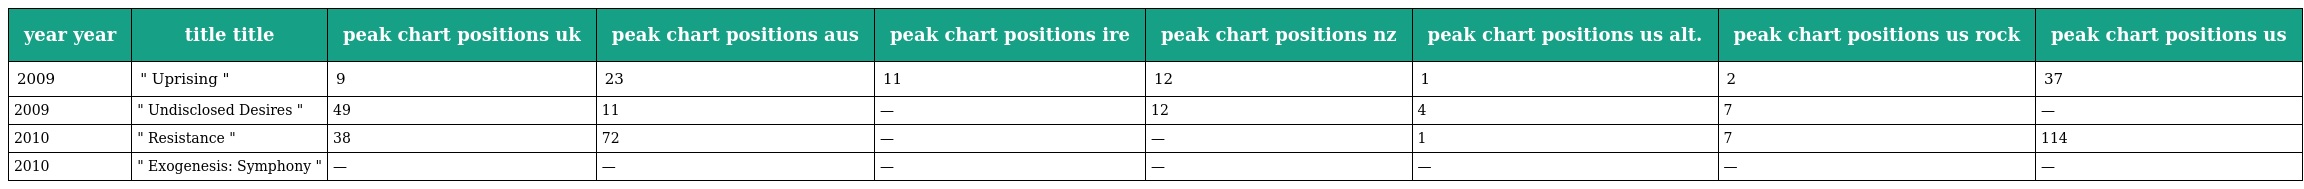
| year year | title title | peak chart positions uk | peak chart positions aus | peak chart positions ire | peak chart positions nz | peak chart positions us alt. | peak chart positions us rock | peak chart positions us |
 | --- | --- | --- | --- | --- | --- | --- | --- | --- |
 | 2009 | " Uprising " | 9 | 23 | 11 | 12 | 1 | 2 | 37 |
 | 2009 | " Undisclosed Desires " | 49 | 11 | — | 12 | 4 | 7 | — |
 | 2010 | " Resistance " | 38 | 72 | — | — | 1 | 7 | 114 |
 | 2010 | " Exogenesis: Symphony " | — | — | — | — | — | — | — |